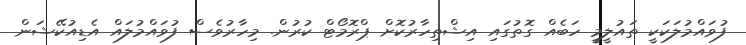
ފުވައްމުލަކަކީ ތައުލީމީ ހަބެއް ގޮތުގައި އިޝްތިހާރުކޮށް ޕްރޮމޯޓް ކުރުން. މިހާރުވެސް ފުވައްމުލައް އެޑިއުކޭޝަން